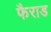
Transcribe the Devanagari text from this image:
फैराड